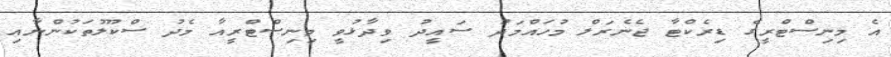
އެ މިނިސްޓްރީގެ ޑިރެކްޓާ ޖެނެރަލް މުހައްމަދު ސައީދު ވިދާޅުވީ މިނިސްޓްރީއާ މެދު ސްކޫލުތަކުންނާއި